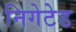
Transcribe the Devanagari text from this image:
निगेटेड